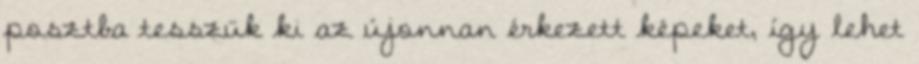
posztba tesszük ki az újonnan érkezett képeket, így lehet